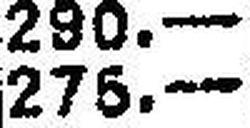
276.—